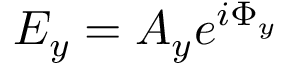
E _ { y } = A _ { y } e ^ { i \Phi _ { y } }